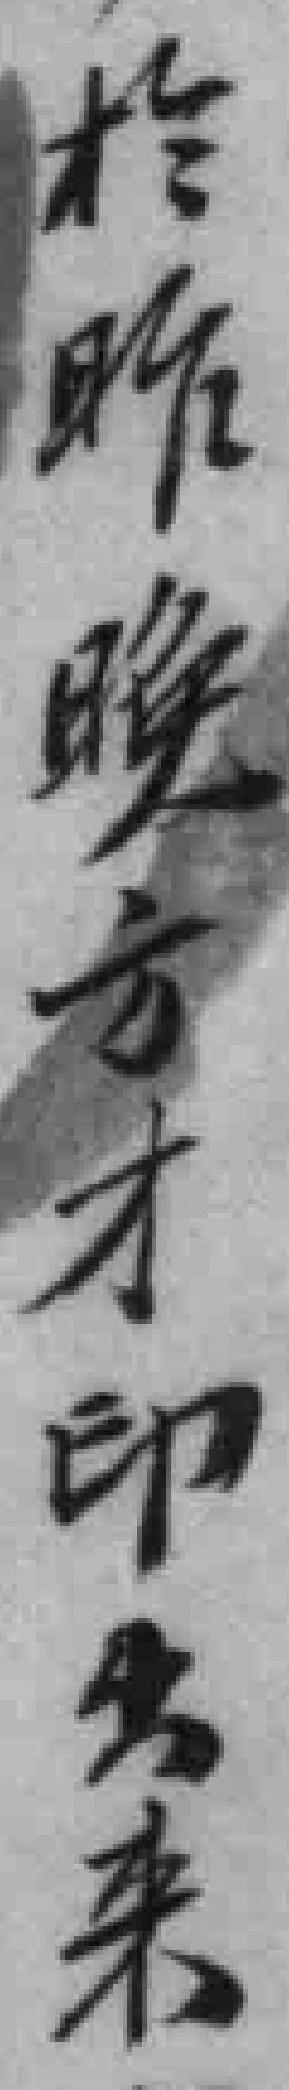
於昨晚方才印出来